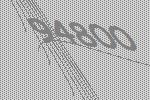
94800